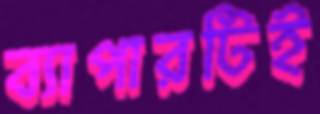
ব্যাপারটিই